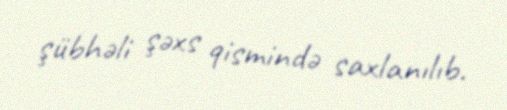
şübhəli şəxs qismində saxlanılıb.